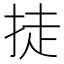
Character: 𪭴